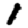
Digit: 1